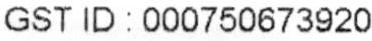
GST ID : 000750673920